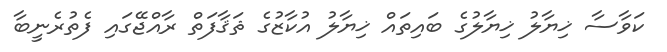
ކަވާސާ ޚިޔާލު ޚިޔާލުގެ ބައިތައް ޚިޔާލު އުކާޒުގެ ޘަޤާފަތް ރާއްޖޭގައި ފެތުރެނީބާ